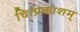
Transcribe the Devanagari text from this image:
चित्प्रकाशम्‌